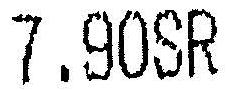
7.90SR